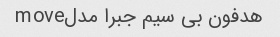
هدفون بی سیم جبرا مدلmove